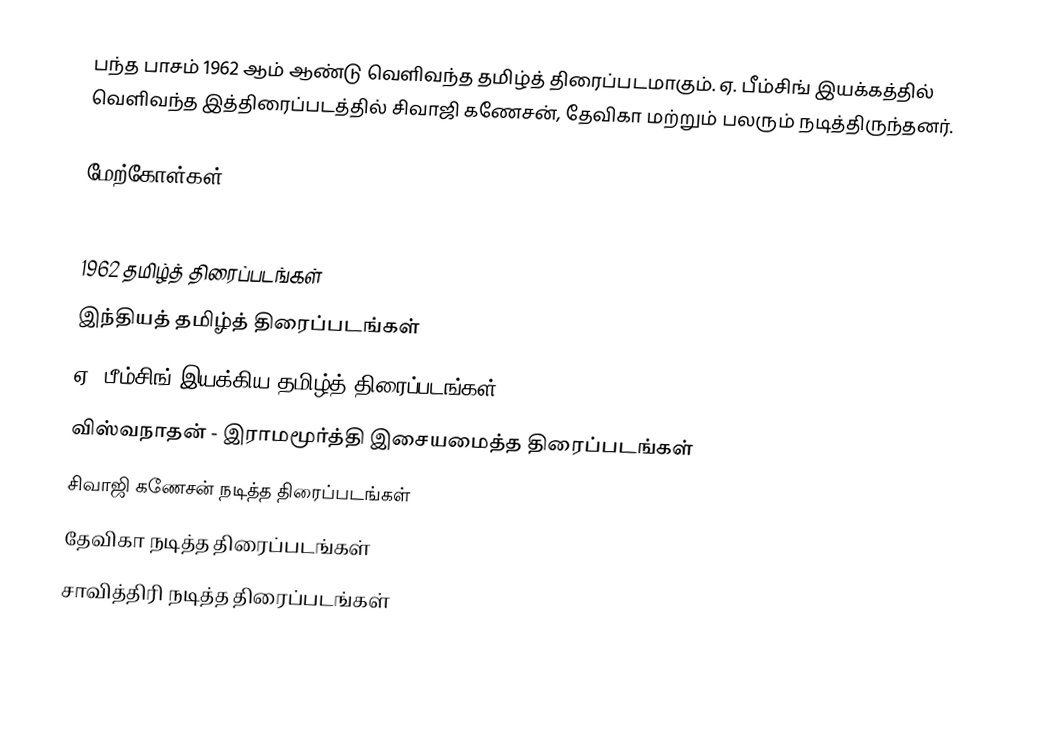
பந்த பாசம் 1962 ஆம் ஆண்டு வெளிவந்த தமிழ்த் திரைப்படமாகும். ஏ. பீம்சிங் இயக்கத்தில் வெளிவந்த இத்திரைப்படத்தில் சிவாஜி கணேசன், தேவிகா மற்றும் பலரும் நடித்திருந்தனர்.

மேற்கோள்கள்

1962 தமிழ்த் திரைப்படங்கள்
இந்தியத் தமிழ்த் திரைப்படங்கள்
ஏ. பீம்சிங் இயக்கிய தமிழ்த் திரைப்படங்கள்
விஸ்வநாதன் - இராமமூர்த்தி இசையமைத்த திரைப்படங்கள்
சிவாஜி கணேசன் நடித்த திரைப்படங்கள்
தேவிகா நடித்த திரைப்படங்கள்
சாவித்திரி நடித்த திரைப்படங்கள்